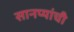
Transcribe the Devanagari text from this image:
सानप्यांची